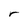
Character: r